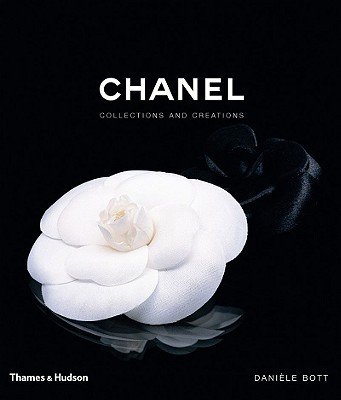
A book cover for Chanel: Collections and Creations [Hardcover]; Daniele Bott; Arts & Photography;